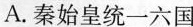
A.秦始皇统一六国